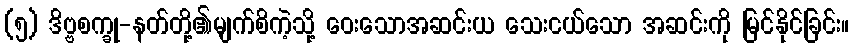
(၅) ဒိဗ္ဗစက္ခု-နတ်တို့၏မျက်စိကဲ့သို့ ဝေးသောအဆင်းယ သေးငယ်သော အဆင်းကို မြင်နိုင်ခြင်း။